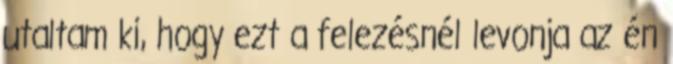
utaltam ki, hogy ezt a felezésnél levonja az én